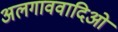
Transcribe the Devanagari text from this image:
अलगाववादिओं